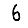
Digit: 6